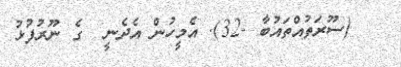
(ސޫރަތުއްތައުބާ -32). އެމީހުން އެދެނީ  ގެ ނޫރުފުޅު